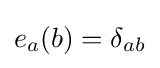
e_{a}(b)=\delta _{ab}